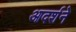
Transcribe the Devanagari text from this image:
आदर्शने